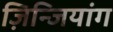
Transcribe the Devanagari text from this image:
ज़िन्जियांग